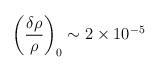
LaTeX: \begin{align*}\left(\frac{\delta \rho}{\rho}\right)_0 \sim 2 \times 10^{-5}\end{align*}